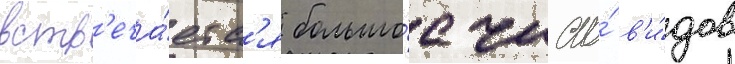
встр'еча́етс'я большо́е число́ в'и́дов